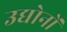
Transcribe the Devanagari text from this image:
उद्योनों